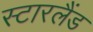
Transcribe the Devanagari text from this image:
स्टारलैंड